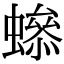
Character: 𧑫